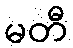
မတီ